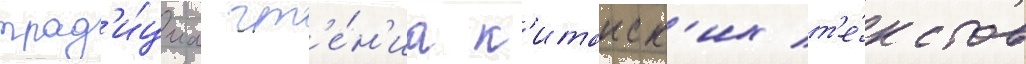
трад'и́циа чт'е́н'иа к'итаиск'их т'е́кстов